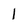
Character: 1